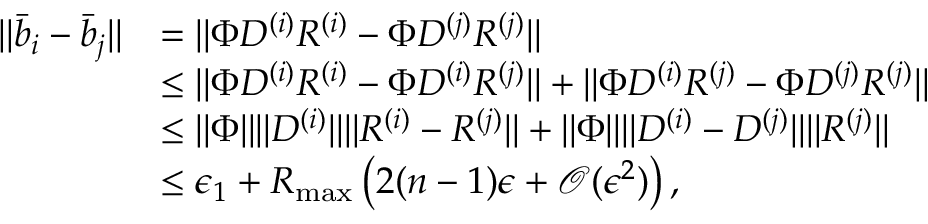
\begin{array} { r l } { \lVert \bar { b } _ { i } - \bar { b } _ { j } \rVert } & { = \lVert \Phi D ^ { ( i ) } R ^ { ( i ) } - \Phi D ^ { ( j ) } R ^ { ( j ) } \rVert } \\ & { \le \lVert \Phi D ^ { ( i ) } R ^ { ( i ) } - \Phi D ^ { ( i ) } R ^ { ( j ) } \rVert + \lVert \Phi D ^ { ( i ) } R ^ { ( j ) } - \Phi D ^ { ( j ) } R ^ { ( j ) } \rVert } \\ & { \le \lVert \Phi \rVert \lVert D ^ { ( i ) } \rVert \lVert R ^ { ( i ) } - R ^ { ( j ) } \rVert + \lVert \Phi \rVert \lVert D ^ { ( i ) } - D ^ { ( j ) } \rVert \lVert R ^ { ( j ) } \rVert } \\ & { \le \epsilon _ { 1 } + R _ { \operatorname* { m a x } } \left( 2 ( n - 1 ) \epsilon + \mathcal { O } ( \epsilon ^ { 2 } ) \right) , } \end{array}